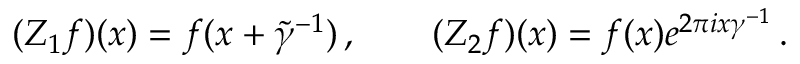
( Z _ { 1 } f ) ( x ) = f ( x + \tilde { \gamma } ^ { - 1 } ) \, , \qquad ( Z _ { 2 } f ) ( x ) = f ( x ) e ^ { 2 \pi i x \gamma ^ { - 1 } } \, .